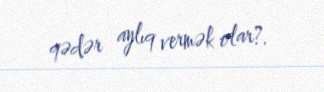
qədər aylıq vermək olar?.